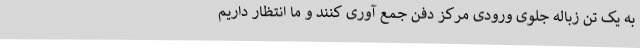
به یک تن زباله جلوی ورودی مرکز دفن جمع آوری کنند و ما انتظار داریم